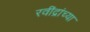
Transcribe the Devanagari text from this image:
रवींद्रांच्या